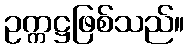
ဥက္ကဋ္ဌဖြစ်သည်။